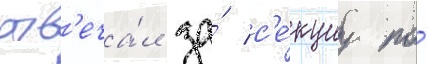
отв'еча́л за́ с'е́кциу по́